Vaccination Hyderabad 1872-1889 - 1872-1889
Year: 1872
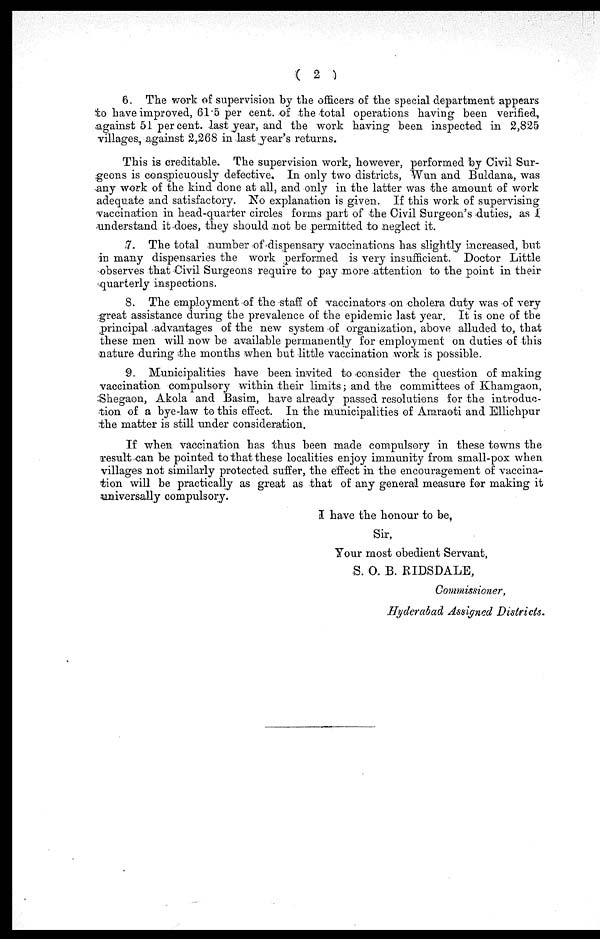
( 2 )
6. The work of supervision by the officers of the special department appears
to have improved, 61.5 per cent. of the total operations having been verified,
against 51 percent. last year, and the work having been inspected in 2,825
villages, against 2,268 in last year's returns.
This is creditable. The supervision work, however, performed by Civil Sur-
geons is conspicuously defective. In only two districts, Wun and Buldana, was
any work of the kind done at all, and only in the latter was the amount of work
adequate and satisfactory. No explanation is given. If this work of supervising
vaccination in head-quarter circles forms part of the Civil Surgeon's duties, as I
understand it does, they should not be permitted to neglect it.
7. The total number of dispensary vaccinations has slightly increased, but
in many dispensaries the work performed is very insufficient. Doctor Little
observes that Civil Surgeons require to pay more -attention to the point in their
quarterly inspections.
8. The employment of the staff of vaccinators on cholera duty was of very
great assistance during the prevalence of the epidemic last year. It is one of the
principal advantages of the new system of organization, above alluded to, that
these men will now be available permanently for employment on duties of this
nature during the months when but little vaccination work is possible.
9. Municipalities have been invited to consider the question of making
vaccination compulsory within their limits; and the committees of Khamgaon,
Shegaon, Akola and Basim, have already passed resolutions for the introduc-
tion of a bye-law to this effect. In the municipalities of Amraoti and Ellichpur
the matter is still under consideration.
If when vaccination has thus been made compulsory in these towns the
result can be pointed to that these localities enjoy immunity from small-pox when
villages not similarly protected suffer, the effect in the encouragement of vaccina-
tion will be practically as great as that of any general measure for making it
universally compulsory.
I have the honour to be,
Sir,
Your most obedient Servant,
S. O. B. RIDSDALE,
Commissioner,
Hyderabad Assigned Districts.